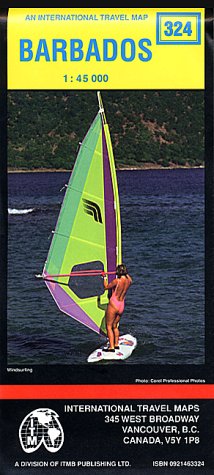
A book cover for Barbados (International Travel Maps); Travel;